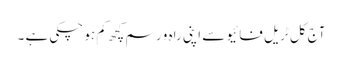
آج کل ٹریل فائیو سے اپنی راہ و رسم کچھ کم ہو چکی ہے ۔